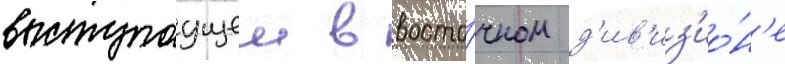
выступаущеи в восто́чном д'ив'из'ио́н'е